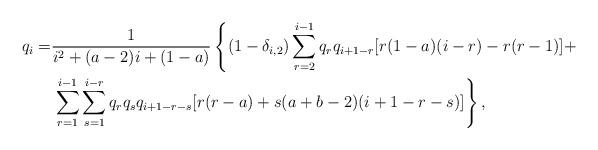
LaTeX: \begin{align*}q_{i}=&\frac{1}{i^{2} + (a-2)i + (1-a)}\left\{(1-\delta_{i,2})\sum_{r=2}^{i-1}q_{r}q_{i+1-r}[r(1-a)(i-r)-r(r-1)]+\right.\\&\left.\sum_{r=1}^{i-1}\sum_{s=1}^{i-r}q_{r}q_{s}q_{i+1-r-s}[r(r-a)+s(a+b-2)(i+1-r-s)]\right\},\end{align*}